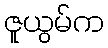
ဇူယွမ်က